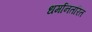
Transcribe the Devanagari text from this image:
धर्मानतरित